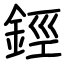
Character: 鋞